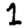
Digit: 1